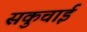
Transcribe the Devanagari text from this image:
सकुचाई